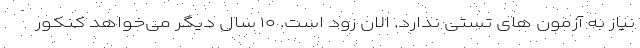
نیاز به آزمون های تستی ندارد. الان زود است. ۱۰ سال دیگر می‌خواهد کنکور